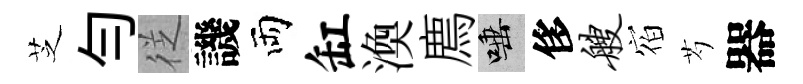
芝勻徔譏両缸渙廌唾侈艘𪧐芍器